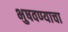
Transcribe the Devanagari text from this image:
भुषवण्याचा